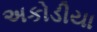
અકોડીયા